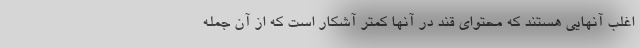
اغلب آنهایی هستند که محتوای قند در آنها کمتر آشکار است که از آن جمله